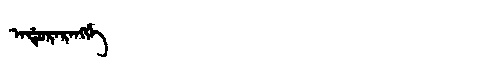
Manchu: ᠠᡩᡠᡵᠠᡵᠠᠩᡤᡝ
Romanization: ADURARANGGE